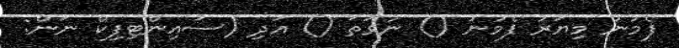
ފެމުނު މިޔަރު ފެމުނު () ނުވަތަ () އަދި (ސައިންޓިފިކް ނަން: